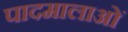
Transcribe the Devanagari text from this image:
पादमालाओं